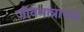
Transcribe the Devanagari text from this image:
जीवमात्राच्या